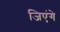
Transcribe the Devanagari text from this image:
जिएंगे